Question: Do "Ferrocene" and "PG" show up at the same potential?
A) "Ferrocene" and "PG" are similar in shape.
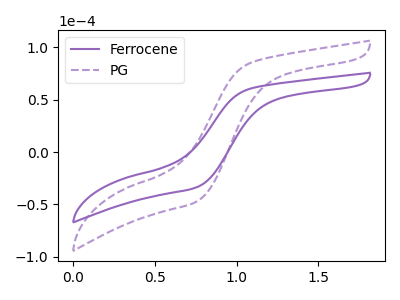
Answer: <think>The purple curve "Ferrocene" has no peaks. The purple dashed curve "PG" has no peaks.
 Neither "Ferrocene" or "PG" have any peaks.</think>
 <answer>A) "Ferrocene" and "PG" are similar in shape.</answer>
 <eval>A</eval>